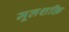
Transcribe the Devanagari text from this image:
मूलशक्ति